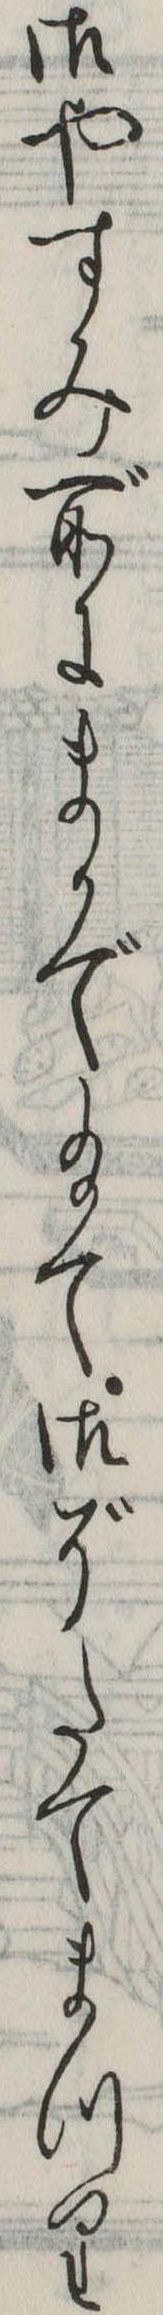
御やすみ所にまかで給て御ぞたてまつり